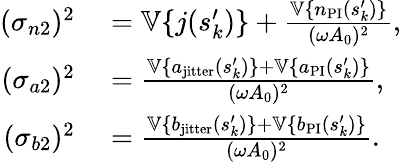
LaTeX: \begin{array}{rl}{(\sigma_{n2})^{2}}&{{}=\mathbb{V}\{ j(s_{k}^{\prime})\} +\frac{\mathbb{V}\{ n_{\mathrm{PI}}(s_{k}^{\prime})\} }{(\omega A_{0})^{2}},}\\ {(\sigma_{a2})^{2}}&{{}=\frac{\mathbb{V}\{ a_{\mathrm{jitter}}(s_{k}^{\prime})\} +\mathbb{V}\{ a_{\mathrm{PI}}(s_{k}^{\prime})\} }{(\omega A_{0})^{2}},}\\ {(\sigma_{b2})^{2}}&{{}=\frac{\mathbb{V}\{ b_{\mathrm{jitter}}(s_{k}^{\prime})\} +\mathbb{V}\{ b_{\mathrm{PI}}(s_{k}^{\prime})\} }{(\omega A_{0})^{2}}.}\end{array}